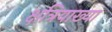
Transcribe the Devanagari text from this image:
क्षत्रियाख्या